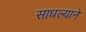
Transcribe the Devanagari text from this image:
साधल्याने